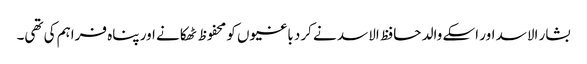
بشار الاسد اور اسکے والد حافظ الاسد نے کرد باغیوں کو محفوظ ٹھکانے اور پناہ فراہم کی تھی۔